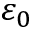
\varepsilon _ { 0 }